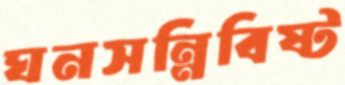
ঘনসন্নিবিষ্ট